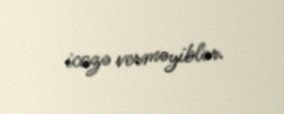
icazə verməyiblər.